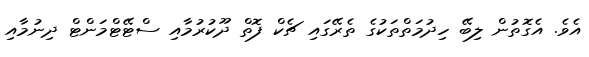
އެވެ. އެގޮތުން ލިބޭ ހިދުމަތްތަކުގެ ތެރޭގައި ޗެކް ފޮތް ދޫކުރުމާއި ސްޓޭޓްމަންޓް ދިނުމާއި